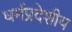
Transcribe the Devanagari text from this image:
धर्मप्रदेशीय